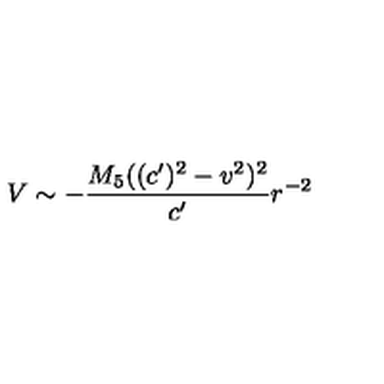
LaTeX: V \sim - \frac { M _ { 5 } ( ( c ^ { \prime } ) ^ { 2 } - v ^ { 2 } ) ^ { 2 } } { c ^ { \prime } } r ^ { - 2 }